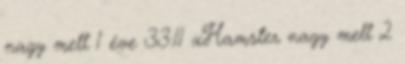
nagy mell 1 éve 33:11 xHamster nagy mell 2